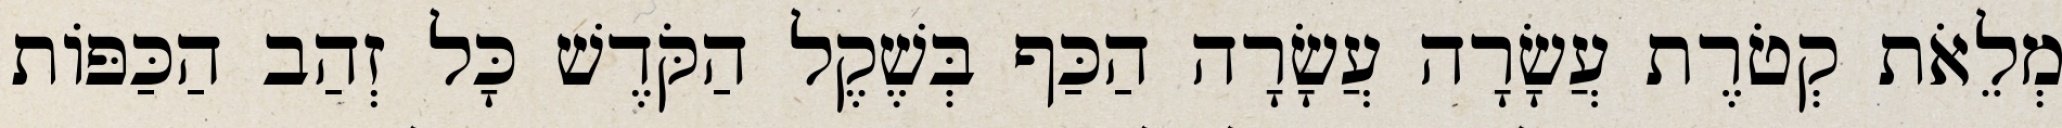
מְלֵאֹת קְטֹרֶת עֲשָׂרָה עֲשָׂרָה הַכַּף בְּשֶׁקֶל הַקֹּדֶשׁ כָּל זְהַב הַכַּפּוֹת